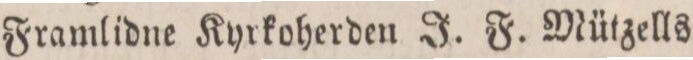
— Framlidne Kyrkoherden J. F. Mützells